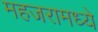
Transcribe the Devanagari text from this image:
महजरामध्ये